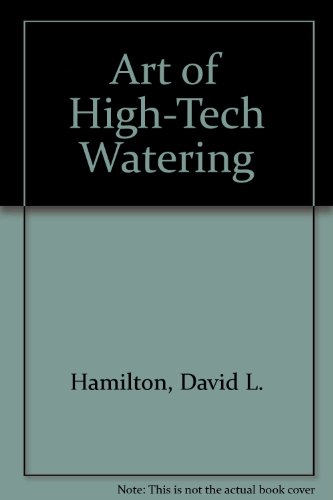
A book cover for Art of High-Tech Watering; David L. Hamilton; Crafts, Hobbies & Home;